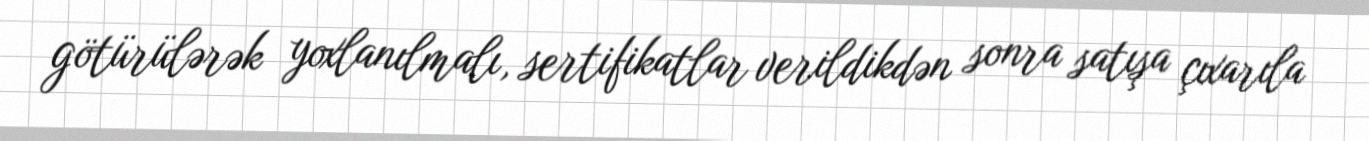
götürülərək yoxlanılmalı, sertifikatlar verildikdən sonra satışa çıxarıla